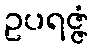
ဥပရဇ္ဇံ